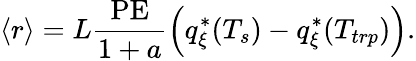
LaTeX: \langle r\rangle=L\frac{\textrm{PE}}{1+a}\Big(q_{\xi}^{*}(T_{s})-q_{\xi}^{*}(T_{trp})\Big).